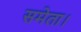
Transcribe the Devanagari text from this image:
समेता।